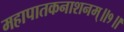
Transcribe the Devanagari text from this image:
महापातकनाशनम्‌॥१॥